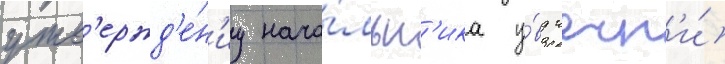
утв'ержд'е́н'иу нача́льн'ика у́вд чечн'и́